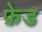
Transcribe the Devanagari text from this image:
फ़ेड